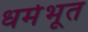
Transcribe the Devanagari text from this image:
धर्मभूत